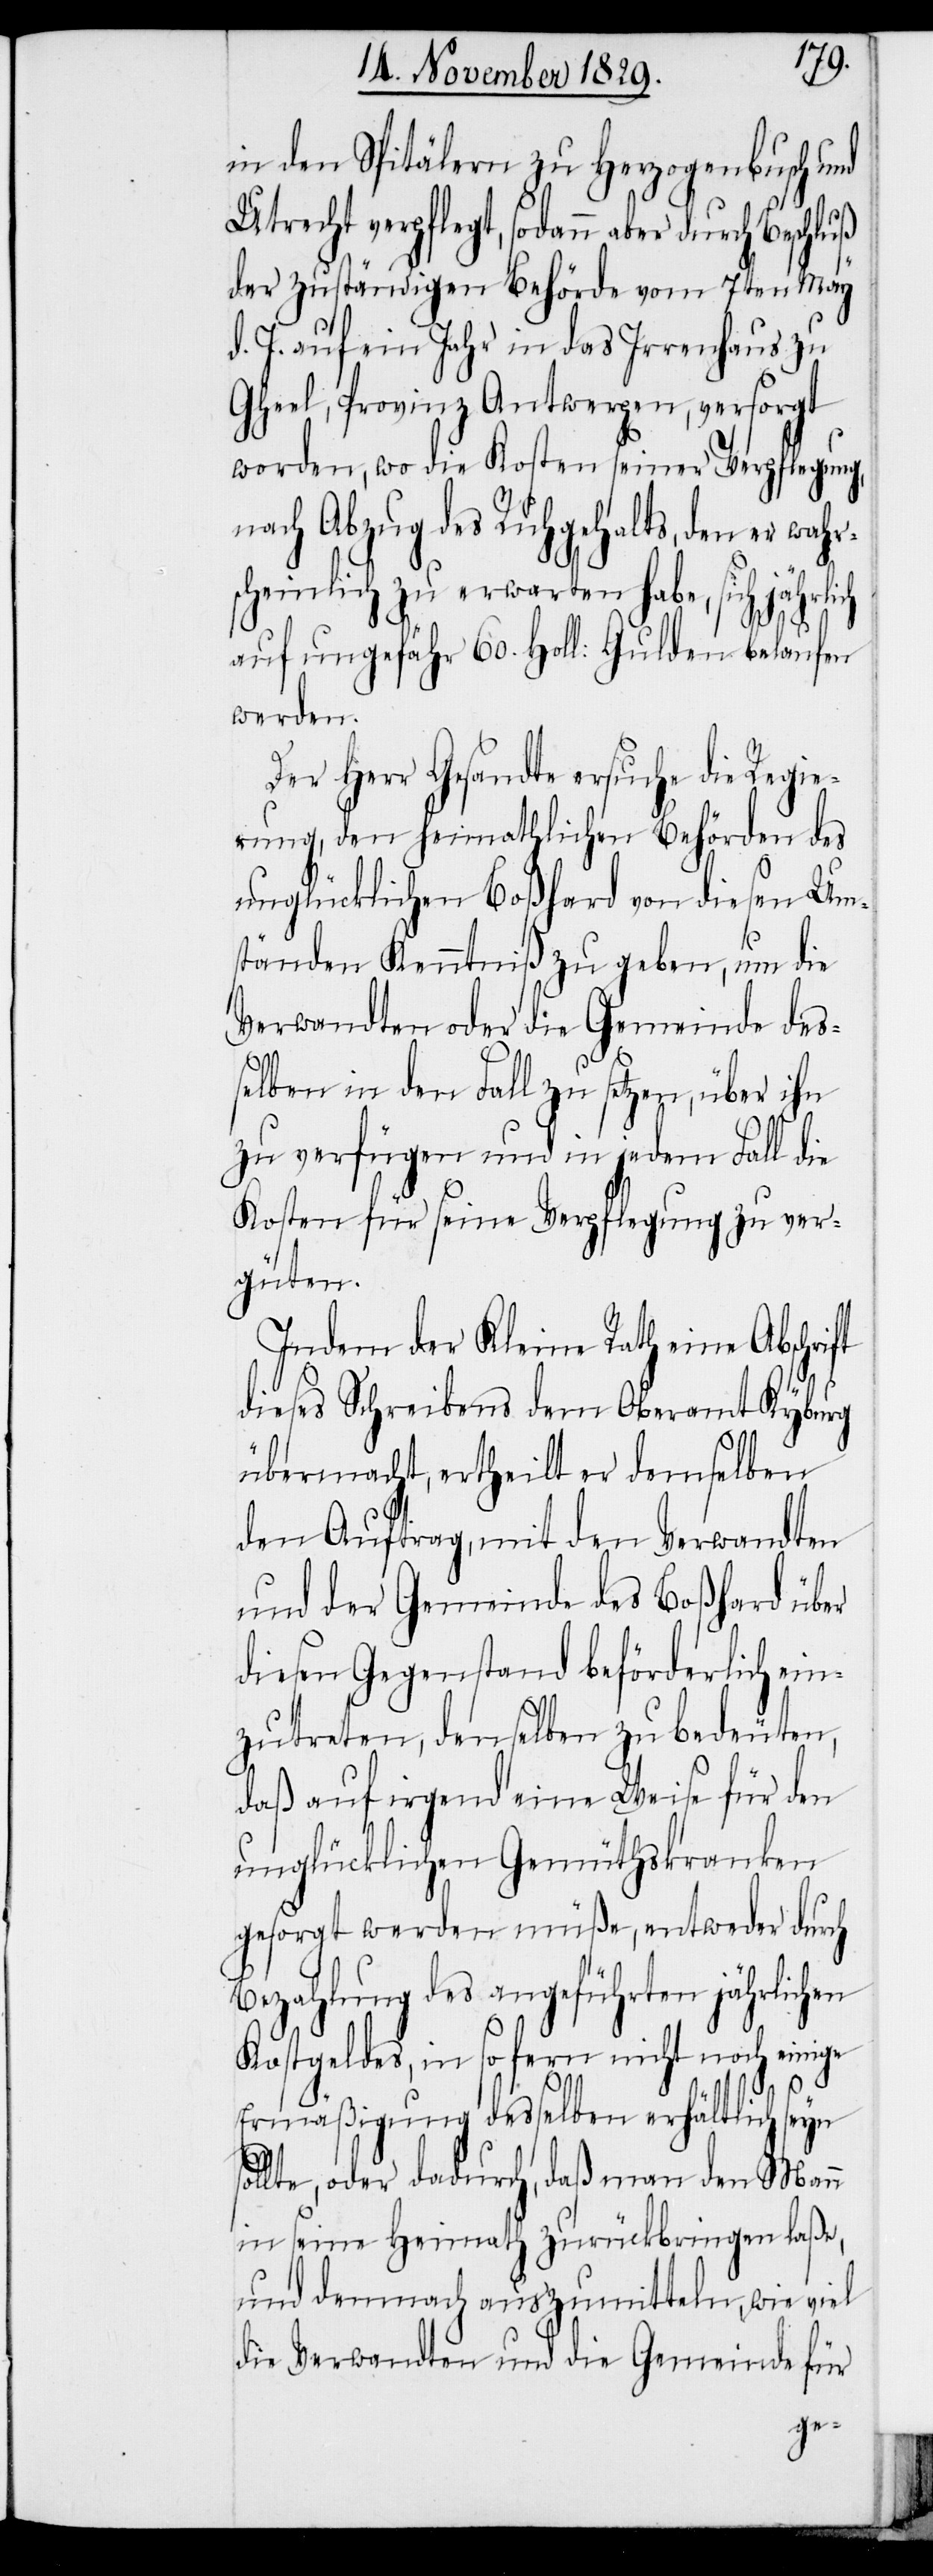
in den Spitälern zu Herzogenbusch und
Utrecht verpflegt, sodann aber durch Beschluß
der zuständigen Behörde vom 7ten May
d. J. auf ein Jahr in das Irrenhaus zu
Gheel, Provinz Antwerpen, versorgt
worden, wo die Kosten seiner Verpflegung,
nach Abzug des Ruhgehalts, den er wahr¬
scheinlich zu erwarten habe, sich
auf ungefähr 60. Holl: Gulden belaufen
werden.
Der Herr Gesandte ersuche die Regie¬
rung, den heimathlichen Behörden des
unglücklichen Boßhard von diesen Um¬
ständen Kenntniß zu geben, um die
Verwandten oder die Gemeinde des¬
selben in den Fall zu setzen, über ihn
zu verfügen und in jedem Fall die
Kosten für seine Verpflegung zu ver¬
güten.
Indem der Kleine Rath eine Abschrift
dieses Schreibens dem Oberamt Kyburg
übermacht, ertheilt er demselben
den Auftrag, mit den Verwandten
und der Gemeinde des Boßhard über
diesen Gegenstand beförderlich ein¬
zutreten, denselben zu bedeuten,
daß auf irgend eine Weise für den
unglücklichen Gemüthskranken
gesorgt werden müße, entweder durch
Bezahlung des angeführten jährlichen
Kostgeldes, in so fern nicht noch einige
Ermäßigung desselben erhältlich seyn
sollte, oder dadurch, daß man den Mann
in seine Heimath zurückbringen laße,
und demnach auszumitteln, wie viel
die Verwandten und die Gemeinde für